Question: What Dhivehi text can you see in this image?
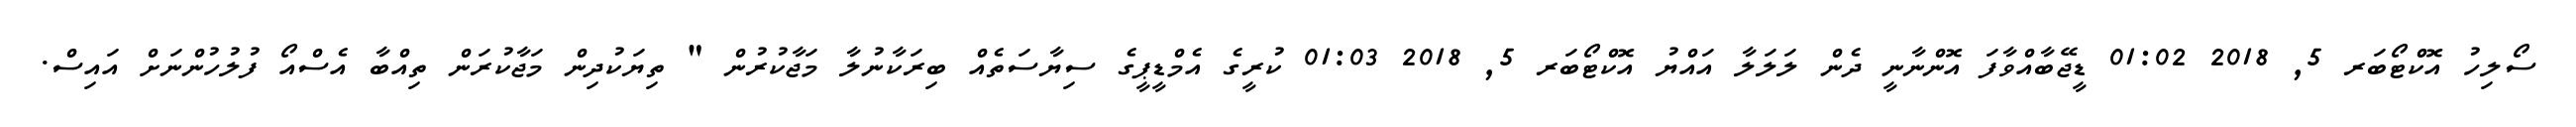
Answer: ސޯލިހު އޮކްޓޯބަރ 5, 2018 01:02 ޑީޖޭބާއްވާފަ އޮންނާނީ ދެން ލަލަލާ އައްޔު އޮކްޓޯބަރ 5, 2018 01:03 ކުރީގެ އެމްޑީޕީގެ ސިޔާސަތެއް ބިރަކާނުލާ މަޖާކުރުން " ތިޔަކުދިން މަޖާކުރަން ތިއްބާ އެސްއޯ ފުލުހުންނަށް އައިސް.